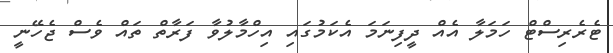
ޓެރެރިސްޓް ހަމަލާ އެއް ދީފިނަމަ އެކަމުގައި އިހްމާލުވާ ފަރާތް ތައް ވެސް ޖެހޭނީ